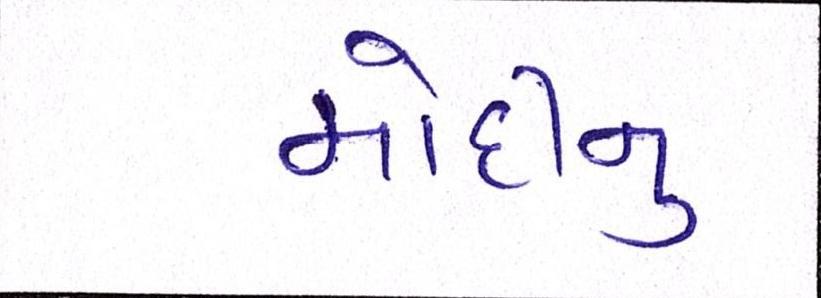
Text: મોદીનુ